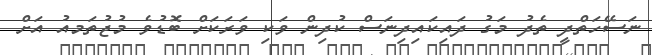
ނަސޭހަތްދީ ތެދު މަގު ދައިކައިދިނަސް ކުދިން ވަކި ވަރަކަށް ބޮޑުވެ މުޖުތަމއު އަށް